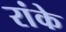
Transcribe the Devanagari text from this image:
रांके